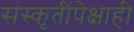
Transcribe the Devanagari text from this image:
संस्कृतींपेक्षाही